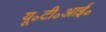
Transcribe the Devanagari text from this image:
यू॰टी॰आई॰